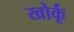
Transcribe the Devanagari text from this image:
खोर्कू